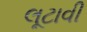
લૂટાવી